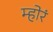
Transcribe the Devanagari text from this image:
म्होरं